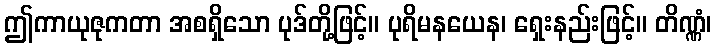
ဤကာယုဇုကတာ အစရှိသော ပုဒ်တို့ဖြင့်။ ပုရိမနယေန၊ ရှေးနည်းဖြင့်။ တိဏ္ဏံ၊